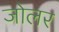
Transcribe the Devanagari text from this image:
जोलर